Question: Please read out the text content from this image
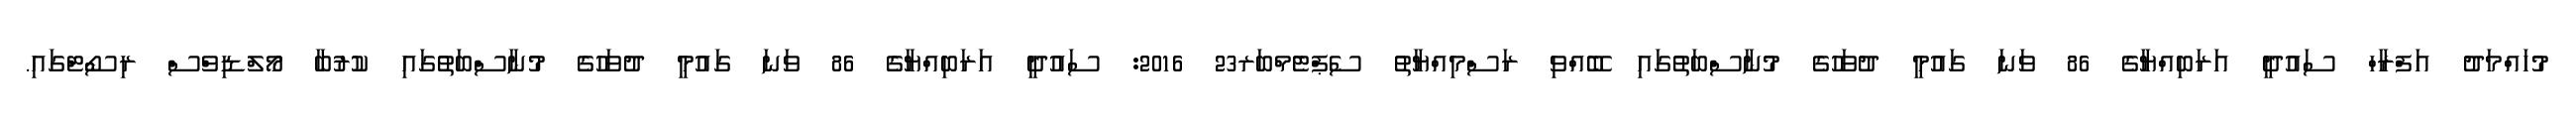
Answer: މުހައްމަދު އަފްރާހް ސައުދީ އަރަބިއްޔާގެ 86 ވަނަ ގައުމީ ދުވަހުގެ މުނާސްބަތުގައި ބޭއްވި ރަސްމިއްޔާތު ސެޕްޓެމްބަރ23 2016: ސައުދީ އަރަބިއްޔާގެ 86 ވަނަ ގައުމީ ދުވަހުގެ މުނާސްބަތުގައި ކުރުބާ މޯލްޑިވްސް ރިސޯޓްގައި.